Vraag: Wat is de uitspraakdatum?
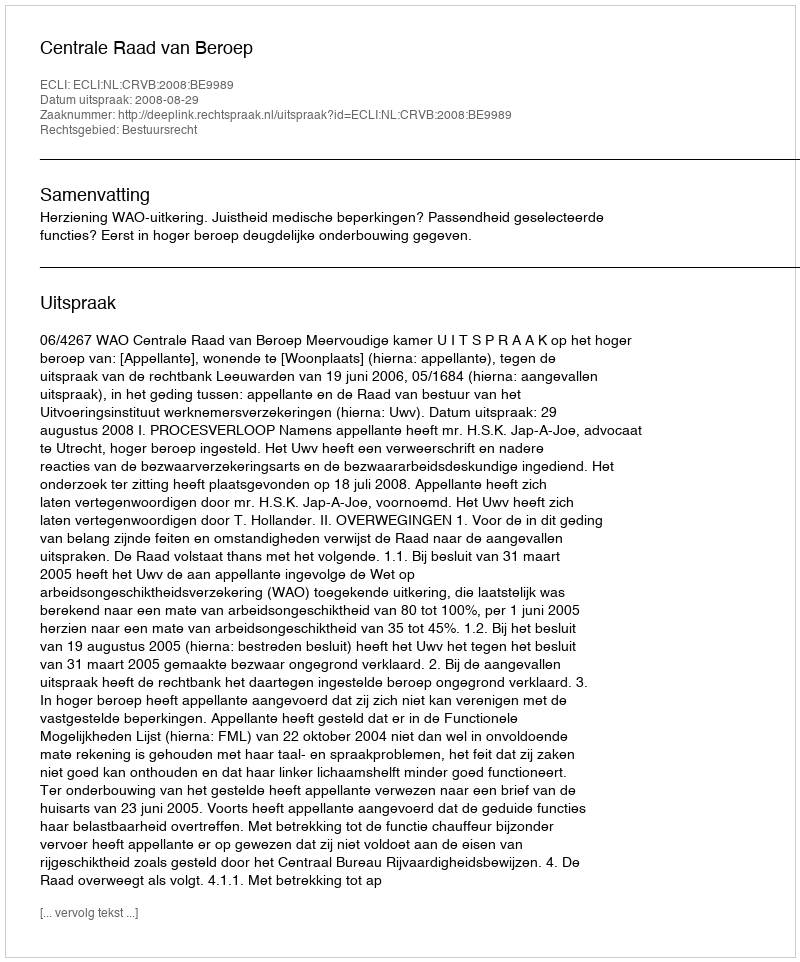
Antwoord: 2008-08-29